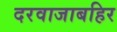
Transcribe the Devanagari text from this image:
दरवाजाबहिर